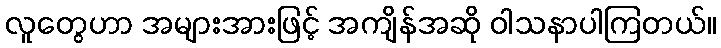
လူတွေဟာ အများအားဖြင့် အကျိန်အဆို ဝါသနာပါကြတယ်။